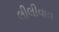
લીલીવાવ